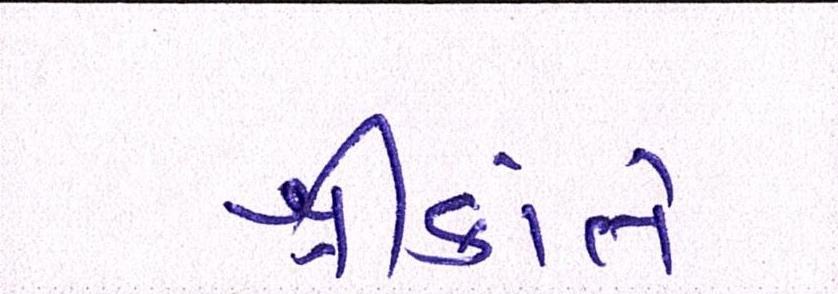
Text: શ્રીકાંતે